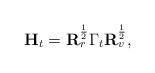
LaTeX: \begin{align*}\mathbf{H}_t = \mathbf{R}_r^{\frac{1}{2}}\Gamma_{t}\mathbf{R}_v^{\frac{1}{2}},\end{align*}